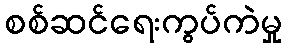
စစ်ဆင်ရေးကွပ်ကဲမှု